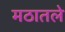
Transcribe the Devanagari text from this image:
मठातले